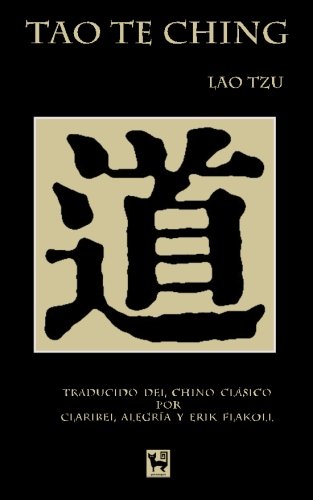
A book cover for Tao Te Ching: El Camino y la Virtud (Spanish Edition); Claribel Alegria; Religion & Spirituality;